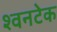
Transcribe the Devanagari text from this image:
श्वनटेक